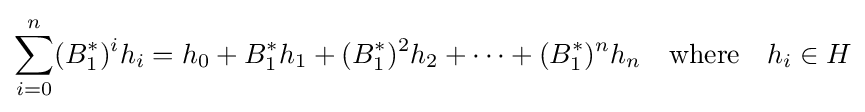
\sum _{i=0}^{n}(B_{1}^{*})^{i}h_{i}=h_{0}+B_{1}^{*}h_{1}+(B_{1}^{*})^{2}h_{2}+\cdots +(B_{1}^{*})^{n}h_{n}\quad {\text{where}}\quad h_{i}\in H